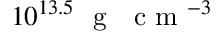
1 0 ^ { 1 3 . 5 } ~ \mathrm { ~ g ~ ~ ~ c ~ m ~ } ^ { - 3 }